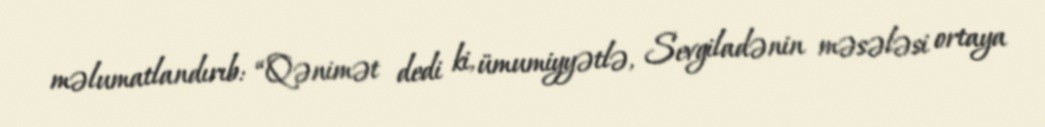
məlumatlandırıb: “Qənimət dedi ki, ümumiyyətlə, Sevgiladənin məsələsi ortaya